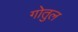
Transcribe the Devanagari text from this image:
गोतुल